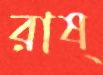
রাষ্